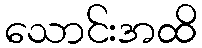
သောင်းအထိ